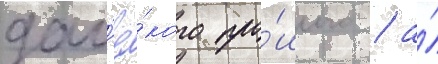
дал'ё́кого про́шлого / а́